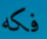
فكه